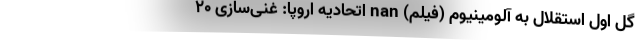
گل اول استقلال به آلومینیوم (فیلم) nan اتحادیه اروپا: غنی‌سازی ۲۰